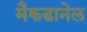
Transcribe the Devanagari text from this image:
मैकडानेल